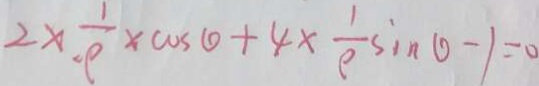
2 x \frac { 1 } { \cdot \rho } \times \cos \theta + 4 \times \frac { 1 } { \rho } \sin \theta - 1 = 0